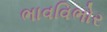
ભાવવિભોર